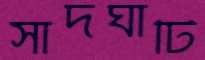
সাদঘাটি